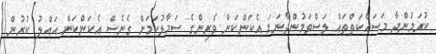
ކުރަމުންދާ މަސައްކަތްތައް ލަސްވަމުންދާނަމަ އެކަންކަން ވެރިންގެ ސަމާލުކަމަށް ގެނެސް އެކަންކަން ޙައްލު ކުރުން